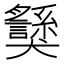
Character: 𱮯